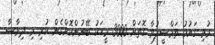
މުޅި ގައުމު ތަމްސީލުވާ ގޮތަށް 3000 މީހަކު ބޭނުންކޮށްގެން ކުރި މި ދިރާސާ